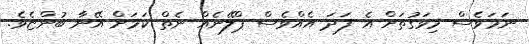
ނަމަވެސް މިވަގުތަށް އެ ފަދަ އެއްވެސް ޕްލޭނެއް ނެތް ކަމަށް އޭނާ ބުންޏެވެ.